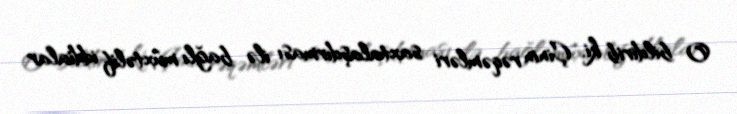
O bildirib ki, Çinin rəqəmləri saxtalaşdırması ilə bağlı müxtəlif iddialar